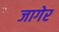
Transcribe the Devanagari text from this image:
जागेर